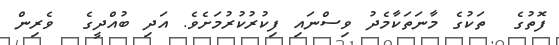
ފޮތުގެ  ތަކުގެ މާނަތަކާމެދު ވިސްނައި ފިކުރުކުރުމަށެވެ. އަދި ބުއްދީގެ  ވެރިން